Studies on the mouth parts a Comparative anatomy of the proboscis in the blood-sucking muscidae - Number 60
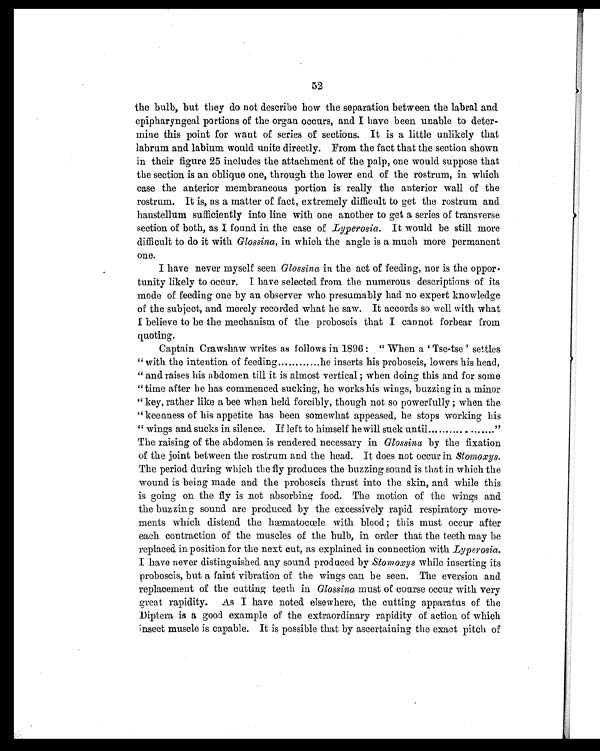
52
the bulb, but they do not describe how the separation between the labral and
epipharyngeal portions of the organ occurs, and I have been unable to deter-
mine this point for want of series of sections. It is a little unlikely that
labrum and labium would unite directly. From the fact that the section shown
in their figure 25 includes the attachment of the palp, one would suppose that
the section is an oblique one, through the lower end of the rostrum, in which
case the anterior membraneous portion is really the anterior wall of the
rostrum. It is, as a matter of fact, extremely difficult to get the rostrum and
haustellum sufficiently into line with one another to get a series of transverse
section of both, as I found in the case of Lyperosia. It would be still more
difficult to do it with Glossina, in which the angle is a much more permanent
one.
I have never myself seen Glossina in the act of feeding, nor is the oppor-
tunity likely to occur. I have selected from the numerous descriptions of its
mode of feeding one by an observer who presumably had no expert knowledge
of the subject, and merely recorded what he saw. It accords so well with what
I believe to be the mechanism of the proboscis that I cannot forbear from
quoting.
Captain Crawshaw writes as follows in 1896: " When a 'Tse-tse ' settles
"with the intention of feeding............he inserts his proboscis, lowers his head,
" and raises his abdomen till it is almost vertical ; when doing this and for some
"time after he has commenced sucking, he works his wings, buzzing in a minor
" key, rather like a bee when held forcibly, though not so powerfully ; when the
" keenness of his appetite has been somewhat appeased, he stops working his
" wings and sucks in silence. If left to himself he will suck until...
. . . . . . . . . . . . . " T h e r a i s i n g o f t h e a b d o m e n i s r e n d e r e d n e c e s s a r y i nG
l o s s i n a
b y t h e f i x a t i o n
of the joint between the rostrum and the head. It does not occur in S tomoxys.
The period during which the fly produces the buzzing sound is that in which the
wound is being made and the proboscis thrust into the skin, and while this
is going on the fly is not absorbing food. The motion of the wings and
the buzzing sound are produced by the excessively rapid respiratory move-
ments which distend the hæmatocœle with blood ; this must occur after
each contraction of the muscles of the bulb, in order that the teeth may be
replaced in position for the next cut, as explained in connection with Lyperosia.
I have never distinguished any sound produced by Stomoxys while inserting its
proboscis, but a faint vibration of the wings can be seen. The eversion and
replacement of the cutting teeth in Glossina must of course occur with very
great rapidity. As I have noted elsewhere, the cutting apparatus of the
Diptera is a good example of the extraordinary rapidity of action of which
insect muscle is capable. It is possible that by ascertaining the exact pitch of